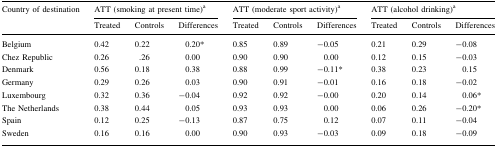
| <ROWSPAN=2> Country of destination | <COLSPAN=3> ATT (smoking at present time)a | <COLSPAN=3> ATT (moderate sport activity)a | <COLSPAN=3> ATT (alcohol drinking)a |
 | Treated | Controls | Differences | Treated | Controls | Differences | Treated | Controls | Differences |
 | --- | --- | --- | --- | --- | --- | --- | --- | --- | --- |
 | Belgium | 0.42 | 0.22 | 0.20* | 0.85 | 0.89 | −0.05 | 0.21 | 0.29 | −0.08 |
 | Chez Republic | 0.26 | .26 | 0.00 | 0.90 | 0.90 | 0.00 | 0.12 | 0.15 | −0.03 |
 | Denmark | 0.56 | 0.18 | 0.38 | 0.88 | 0.99 | −0.11* | 0.38 | 0.23 | 0.15 |
 | Germany | 0.29 | 0.26 | 0.03 | 0.90 | 0.91 | −0.01 | 0.16 | 0.18 | −0.02 |
 | Luxembourg | 0.32 | 0.36 | −0.04 | 0.92 | 0.92 | −0.00 | 0.20 | 0.14 | 0.06* |
 | The Netherlands | 0.38 | 0.44 | 0.05 | 0.93 | 0.93 | 0.00 | 0.06 | 0.26 | −0.20* |
 | Spain | 0.12 | 0.25 | −0.13 | 0.87 | 0.75 | 0.12 | 0.07 | 0.11 | −0.04 |
 | Sweden | 0.16 | 0.16 | 0.00 | 0.90 | 0.93 | −0.03 | 0.09 | 0.18 | −0.09 |